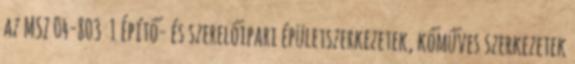
az MSZ 04-803 1 Építő- és szerelőipari épületszerkezetek, kőműves szerkezetek